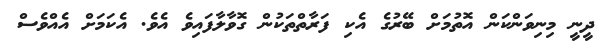
ދީނީ މިނިވަންކަން އޮތުމަށް ބޭރުގެ އެކި ފަރާތްތަކުން ގޮވާލާފައިވެ އެވެ. އެކަމަށް އެއްވެސް